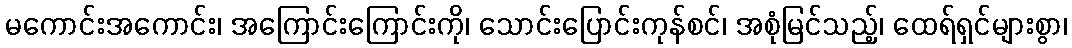
မကောင်းအကောင်း၊ အကြောင်းကြောင်းကို၊ သောင်းပြောင်းကုန်စင်၊ အစုံမြင်သည့်၊ ထေရ်ရှင်များစွာ၊